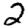
Digit: 2